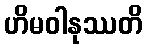
ဟိမဝါနုဿတိ